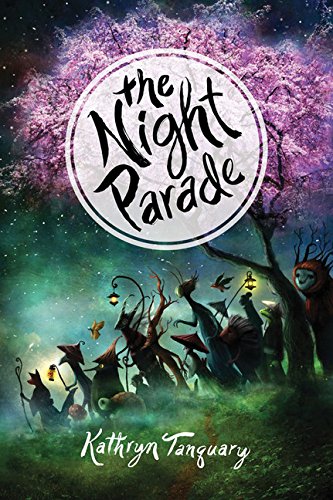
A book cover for The Night Parade; Kathryn Tanquary; Children's Books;